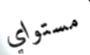
مستواي